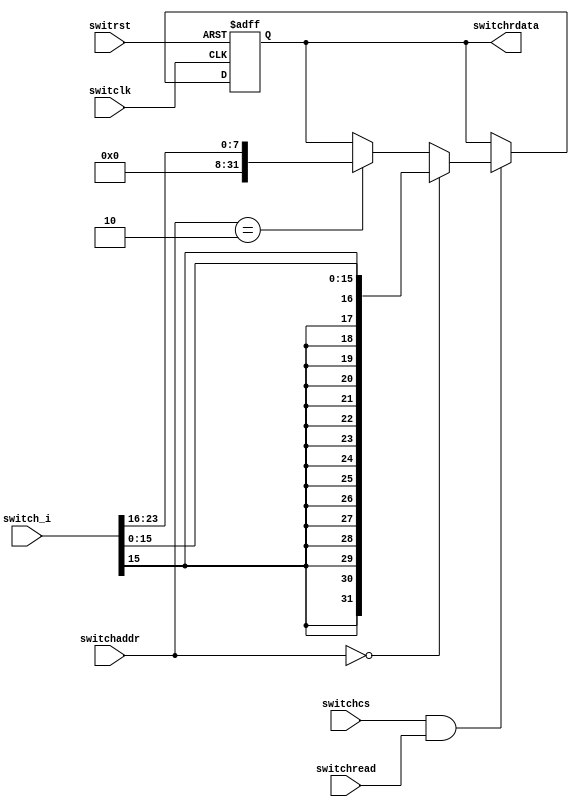
`timescale 1ns / 1ps

module switchs(switclk, switrst, switchread, switchcs,switchaddr, switchrdata, switch_i);
    input switclk;			       // clock
    input switrst;			       // reset
    input switchcs;			       // generated by memorio??the chip select signal of this module
    input[1:0] switchaddr;		   // address[1:0],the lowest two bits of switch address
    input switchread;			   // read control
    output [31:0] switchrdata;	   // data(16bit) to memorio
    input [23:0] switch_i;		   // from the 24 switches of minisys developing boad

    reg [31:0] switchrdata;
    always@(negedge switclk or posedge switrst) begin
        if(switrst==1) begin
            switchrdata <= 0;
        end
		else if(switchcs==1 && switchread==1) begin
			if(switchaddr==2'b00)
				switchrdata <={ {16{switch_i[15]}},switch_i[15:0]};   // data output,lower 16 bits non-extended
			else if(switchaddr==2'b10)
				switchrdata<= { 24'b0, switch_i[23:16] }; //data output, upper 8 bits extended with zero
			else 
				switchrdata <= switchrdata;
        end
		else begin
            switchrdata <= switchrdata;
        end
    end
endmodule